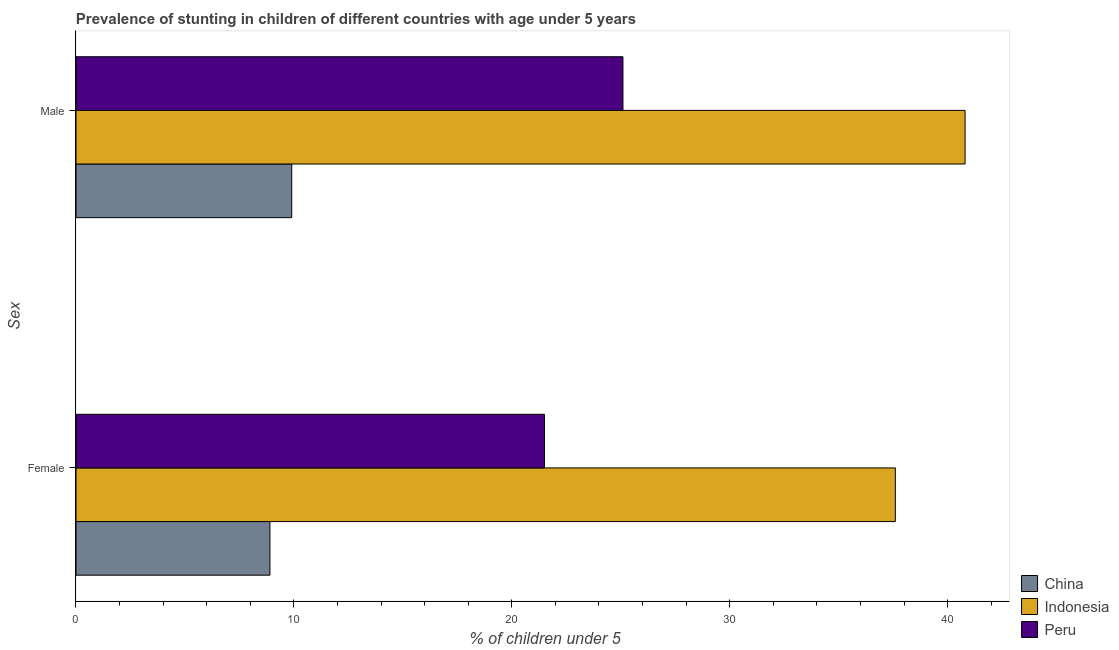
| Sex | China | Indonesia | Peru |
 | --- | --- | --- | --- |
 | Female | 8.9 | 37.6 | 21.5 |
 | Male | 9.9 | 40.8 | 25.1 |